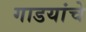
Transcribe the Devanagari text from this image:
गाडयांचे